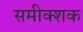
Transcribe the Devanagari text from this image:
समीक्शक